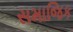
સમાજિક